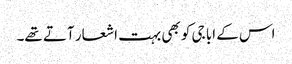
اس کے ابا جی کو بھی بہت اشعار آتے تھے۔